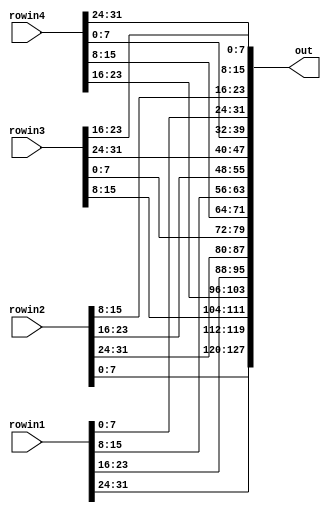
// Project title   : AES Accelerator integrated with PicoRV32I via AXI4-Lite master
// Description     : Hardware modules to perform AES decryption

module InvShiftrows(
    input [31:0] rowin1,
    input [31:0] rowin2,
    input [31:0] rowin3,
    input [31:0] rowin4,
    output [127:0] out
);

wire [31:0] rowout1, rowout2, rowout3, rowout4;

//Rows are obtained as inputs and inverse shift rows operation of AES decryption is performed
assign rowout1 = rowin1;
assign rowout2 = {rowin2[7:0],rowin2[31:8]};
assign rowout3 = {rowin3[15:0],rowin3[31:16]};
assign rowout4 = {rowin4[23:0],rowin4[31:24]};    

//The 128-bit output is hardcoded as concatenation of appropriate output rows' slices
assign out = {rowout1[31:24], rowout2[31:24], rowout3[31:24], rowout4[31:24],
              rowout1[23:16], rowout2[23:16], rowout3[23:16], rowout4[23:16],
              rowout1[15:8], rowout2[15:8], rowout3[15:8], rowout4[15:8],
              rowout1[7:0], rowout2[7:0], rowout3[7:0], rowout4[7:0]};

endmodule